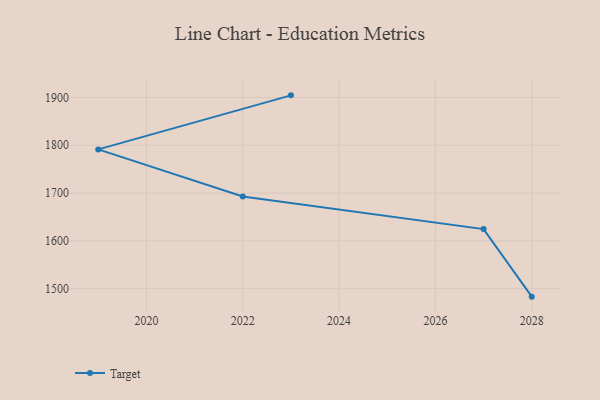
{"axis": {"x": "Year", "y": "Page Views"}, "legend": ["Target"], "data": [{"x": "2028", "y": 1483.3, "type": "Target"}, {"x": "2027", "y": 1624.6, "type": "Target"}, {"x": "2022", "y": 1692.8, "type": "Target"}, {"x": "2019", "y": 1791.4, "type": "Target"}, {"x": "2023", "y": 1904.5, "type": "Target"}]}